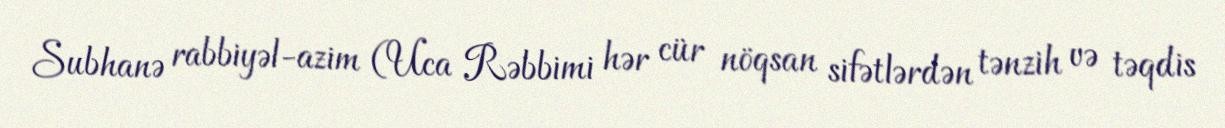
Subhanə rabbiyəl-azim (Uca Rəbbimi hər cür nöqsan sifətlərdən tənzih və təqdis